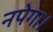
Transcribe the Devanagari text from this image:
नपेगा।